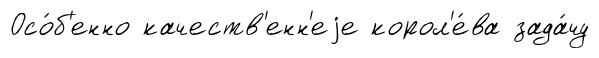
Осо́б'енно качеств'енн'еjе корол'е́ва зада́чу